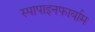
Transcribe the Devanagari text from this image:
स्पापाइनफार्याम